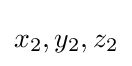
x_{2},y_{2},z_{2}